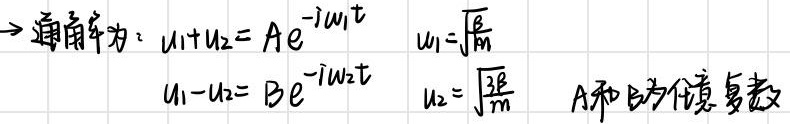
\(\rightarrow\)通解为：\(u_1 + u_2 = A e^{- i\omega_1 t}\)，\(\omega_1=\sqrt{\frac{\epsilon}{m}}\)；\(u_1 - u_2 = B e^{- i\omega_2 t}\)，\(\omega_2=\sqrt{\frac{3\epsilon}{m}}\)。\(A\)和\(B\)为任意复数